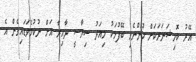
އޭރު ކޮމިޝަނަރަކަށް ހުންނެވި ބޭފުޅަކު މިއަދު ސިޔާސީ ދާއިރާ އަށް ނުކުމެވަޑައިގެން އެ